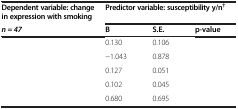
<table><thead><tr><td><b>Dependent variable: change in expression with smoking</b></td><td colspan="3"><b>Predictor variable: susceptibility y/n<sup>†</sup></b></td></tr><tr><td><b><i>n = 47</i></b></td><td><b>B</b></td><td><b>S.E.</b></td><td><b>p-value</b></td></tr></thead><tbody><tr><td>[EMPTY_CELL]</td><td>0.130</td><td>0.106</td><td>[EMPTY_CELL]</td></tr><tr><td>[EMPTY_CELL]</td><td>−1.043</td><td>0.878</td><td>[EMPTY_CELL]</td></tr><tr><td>[EMPTY_CELL]</td><td>0.127</td><td>0.051</td><td>[EMPTY_CELL]</td></tr><tr><td>[EMPTY_CELL]</td><td>0.102</td><td>0.045</td><td>[EMPTY_CELL]</td></tr><tr><td>[EMPTY_CELL]</td><td>0.680</td><td>0.695</td><td>[EMPTY_CELL]</td></tr></tbody></table>